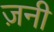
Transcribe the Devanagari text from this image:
ज़नी